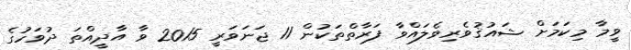
ވީމާ މިކަމަށް ޝައުޤުވެރިވެލައްވާ ފަރާތްތަކުން 11 ޖަނަވަރީ 2015 ވާ އާދީއްތަ ދުވަހުގެ